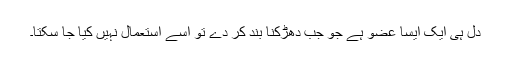
دل ہی ایک ایسا عضو ہے جو جب دھڑکنا بند کر دے تو اسے استعمال نہیں کیا جا سکتا۔